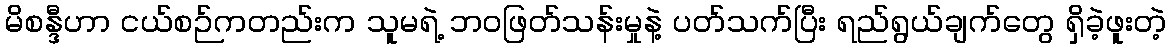
မိစန္ဒီဟာ ငယ်စဉ်ကတည်းက သူမရဲ့ ဘဝဖြတ်သန်းမှုနဲ့ ပတ်သက်ပြီး ရည်ရွယ်ချက်တွေ ရှိခဲ့ဖူးတဲ့